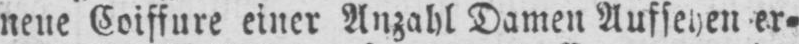
neue Coiffure einer Anzahl Damen Aufsehen er⸗